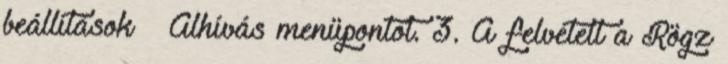
beállítások → Álhívás menüpontot. 3. A felvételt a Rögz